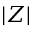
| Z |